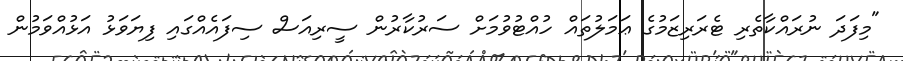
"މިފަދަ ނުރައްކާތެރި ޓެރަރިޒަމުގެ ޢަމަލުތައް ހުއްޓުވުމަށް ސަރުކާރުން ސީރިއަސް ސިފައެއްގައި ފިޔަވަޅު އަޅުއްވަމުން